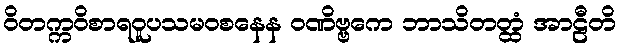
ဝိတက္ကဝိစာရဝူပသမဝစနေန ဝဏိဗ္ဗကေ ဘာသိတတ္ထံ အာဠီတိ